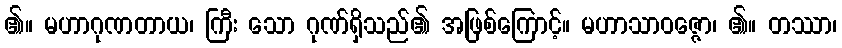
၏။ မဟာဂုဏတာယ၊ ကြီး သော ဂုဏ်ရှိသည်၏ အဖြစ်ကြောင့်။ မဟာသာဝဇ္ဇော၊ ၏။ တဿာ၊